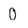
Character: 0